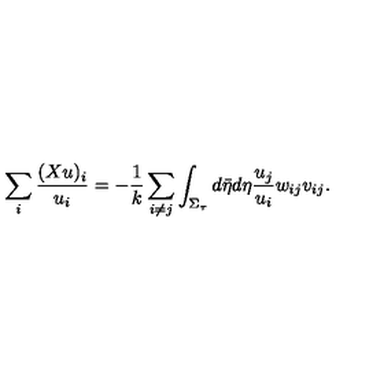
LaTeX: \sum _ { i } \frac { ( X u ) _ { i } } { u _ { i } } = - \frac { 1 } { k } \sum _ { i \neq j } \int _ { \Sigma _ { \tau } } d \bar { \eta } d \eta \frac { u _ { j } } { u _ { i } } w _ { i j } v _ { i j } .